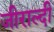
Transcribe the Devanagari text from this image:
जीराल्दी